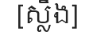
[ស្លឹង]